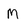
Character: M